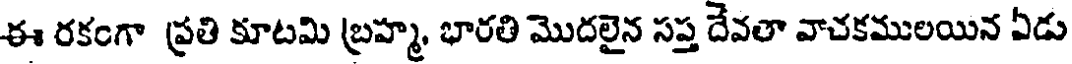
ఈ రకంగా ప్రతి కూటమి బ్రహ్మ, భారతి మొదలైన సప్త దేవతా వాచకములయిన ఏడు